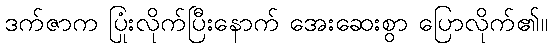
ဒက်ဇာက ပြုံးလိုက်ပြီးနောက် အေးဆေးစွာ ပြောလိုက်၏။